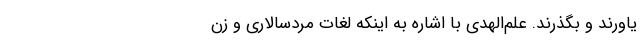
یاورند و بگذرند. علم‌الهدی با اشاره به اینکه لغات مردسالاری و زن